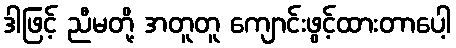
ဒါဖြင့် ညီမတို့ အတူတူ ကျောင်းဖွင့်ထားတာပေါ့